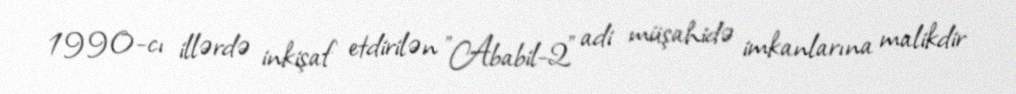
1990-cı illərdə inkişaf etdirilən "Ababil-2" adi müşahidə imkanlarına malikdir